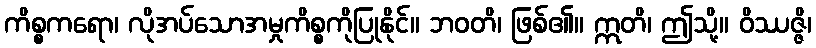
ကိစ္စကရော၊ လိုအပ်သောအမှုကိစ္စကိုပြုနိုင်။ ဘဝတိ၊ ဖြစ်၏။ ဣတိ၊ ဤသို့။ ဝိဿဇ္ဇိ၊